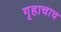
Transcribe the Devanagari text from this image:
गृहाचाच